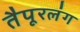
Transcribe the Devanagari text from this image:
तैपूरलंग